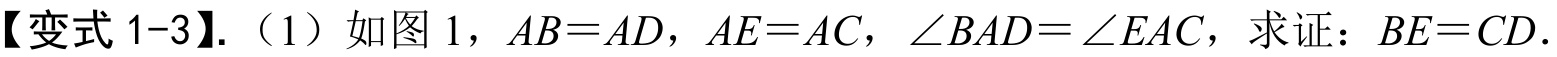
【变式1-3】.（1）如图1，\(AB = AD\)，\(AE = AC\)，\(\angle BAD=\angle EAC\)，求证：\(BE = CD\).